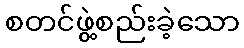
စတင်ဖွဲ့စည်းခဲ့သော